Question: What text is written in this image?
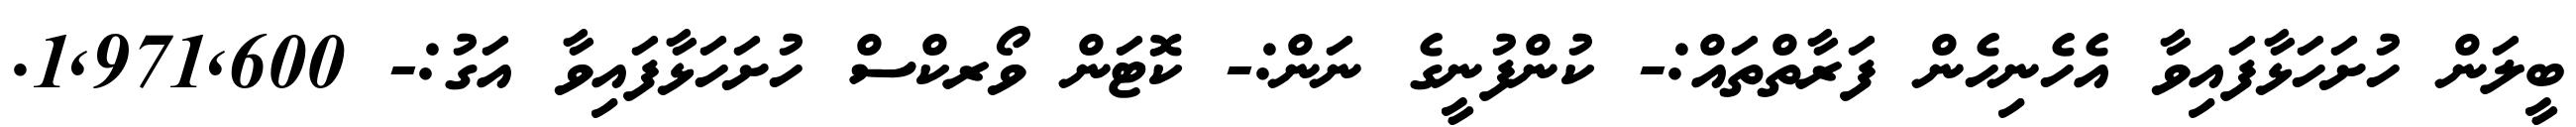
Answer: ބީލަން ހުށަހަޅާފައިވާ އެހެނިހެން ފަރާތްތައް:- ކުންފުނީގެ ނަން:- ކޮޓަން ވޯރކްސް ހުށަހަޅާފައިވާ އަގު:- 1,971,600.